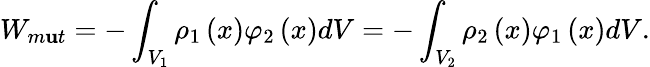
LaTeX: W_{m\mathbf{u}t}=-\int_{V_{1}}\rho_{1}\left(x\right)\varphi_{2}\left(x\right)dV=-\int_{V_{2}}\rho_{2}\left(x\right)\varphi_{1}\left(x\right)dV.